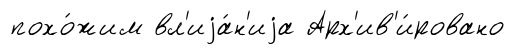
похо́жим вл'иjа́н'иjа Арх'ив'и́ровано